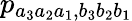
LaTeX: p_{a_{3}a_{2}a_{1},b_{3}b_{2}b_{1}}